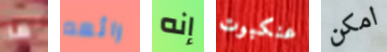
ما رائعه إنه عنكبوت امكن